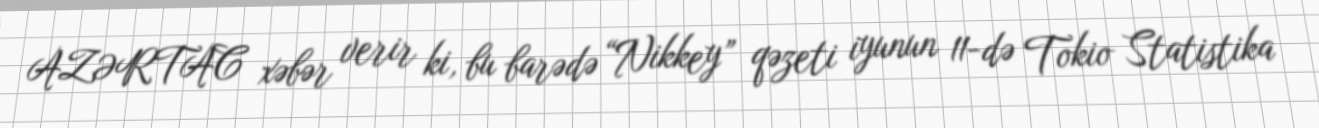
AZƏRTAC xəbər verir ki, bu barədə “Nikkey” qəzeti iyunun 11-də Tokio Statistika